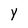
Character: Y